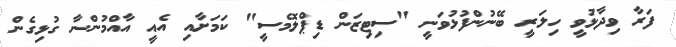
ފަރާ ވިދާޅުވީ ހިލަރީ ބޭނުންފުޅުވަނީ "ސިޓިޒަން ޑިޕްލޮމެސީ" ކަމަށާއި އެއީ އާއްމުންނާ ގުޅިގެން